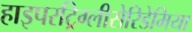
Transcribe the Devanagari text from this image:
हाइपरट्रिग्लीसेरिडेमिया